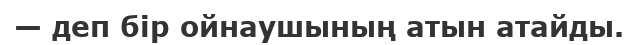
— деп бір ойнаушының атын атайды.